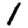
Digit: 1